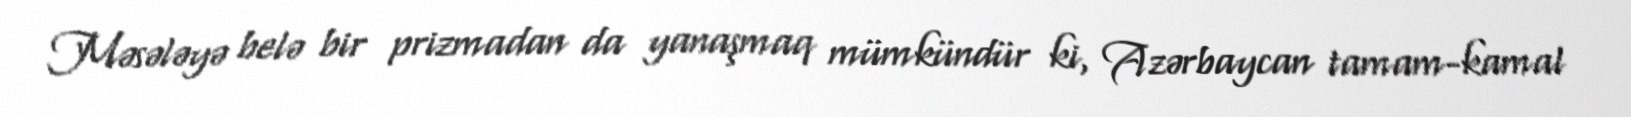
Məsələyə belə bir prizmadan da yanaşmaq mümkündür ki, Azərbaycan tamam-kamal